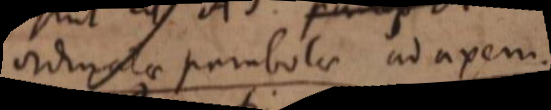
ordinatae parabolae ad axem.